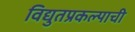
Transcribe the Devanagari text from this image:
विद्युतप्रकल्पाची